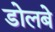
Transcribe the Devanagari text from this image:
डोलबे